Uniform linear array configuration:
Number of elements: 24
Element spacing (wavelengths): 0.75
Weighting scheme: hamming
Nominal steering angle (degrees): -45
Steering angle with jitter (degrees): -45.452
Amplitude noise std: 0.05
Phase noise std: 0.05

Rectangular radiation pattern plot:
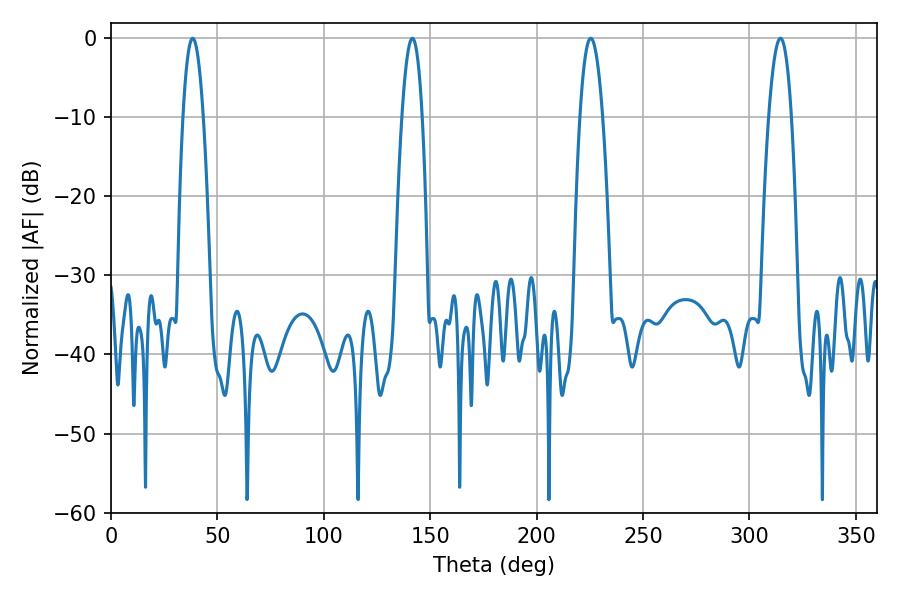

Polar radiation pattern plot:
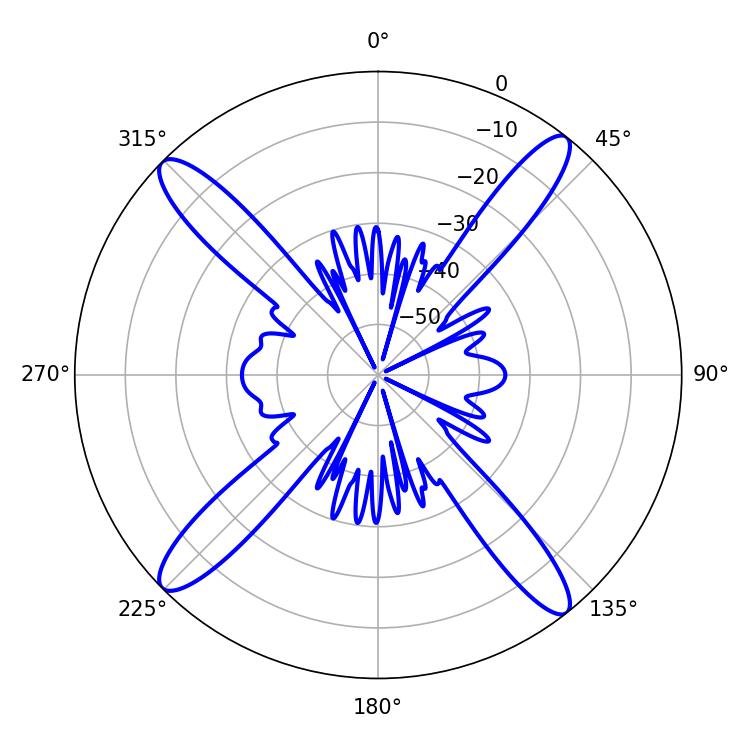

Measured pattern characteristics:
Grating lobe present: TRUE
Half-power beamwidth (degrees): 5.22
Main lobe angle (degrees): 38.34